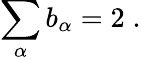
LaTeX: \sum_{\alpha}b_{\alpha}=2\; .